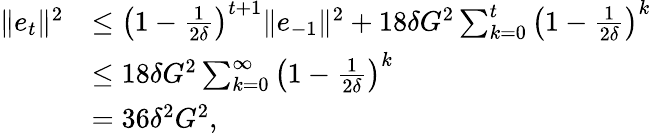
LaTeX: \begin{array}{rl}{\Vert e_{t}\Vert^{2}}&{\leq\left(1-\frac{1}{2\delta}\right)^{t+1}\Vert e_{-1}\Vert^{2}+18\delta G^{2}\sum_{k=0}^{t}\left(1-\frac{1}{2\delta}\right)^{k}}\\ &{\leq 18\delta G^{2}\sum_{k=0}^{\infty}\left(1-\frac{1}{2\delta}\right)^{k}}\\ &{=36\delta^{2}G^{2},}\end{array}